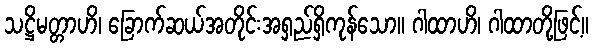
သဋ္ဌိမတ္တာဟိ၊ ခြောက်ဆယ်အတိုင်းအရှည်ရှိကုန်သော။ ဂါထာဟိ၊ ဂါထာတို့ဖြင့်။